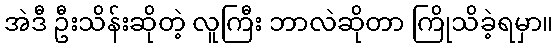
အဲဒီ ဦးသိန်းဆိုတဲ့ လူကြီး ဘာလဲဆိုတာ ကြိုသိခဲ့ရမှာ။